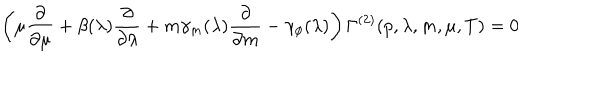
\left( \mu { \frac { \partial } { \partial \mu } } + \beta ( \lambda ) { \frac { \partial } { \partial \lambda } } + m \gamma _ { m } ( \lambda ) { \frac { \partial } { \partial { m } } } - \gamma _ { \phi } ( \lambda ) \right) \Gamma ^ { ( 2 ) } ( p , \lambda , m , \mu , T ) = 0